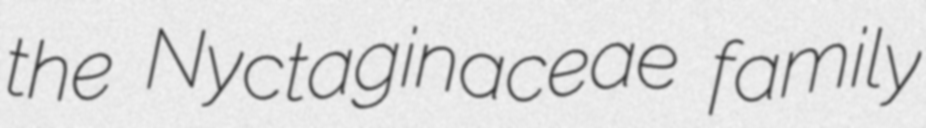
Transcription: the Nyctaginaceae family